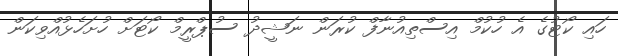
ހައި ކޯޓުގެ އެ ހުކުމް އިސްތިއުނާފް ކުރަން ނަޝީދު ސުޕްރީމް ކޯޓަށް ހުށަހެޅުއްވިކަން